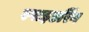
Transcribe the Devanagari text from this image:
स्पाइडरिंग